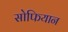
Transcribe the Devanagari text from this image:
सोफियान